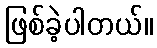
ဖြစ်ခဲ့ပါတယ်။